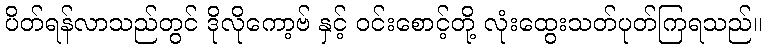
ပိတ်ရန်လာသည်တွင် ဒိုလိုကော့ဗ် နှင့် ဝင်းစောင့်တို့ လုံးထွေးသတ်ပုတ်ကြရသည်။